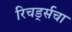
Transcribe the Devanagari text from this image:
रिचर्ड्सचा